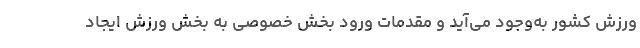
ورزش کشور به‌وجود می‌آید و مقدمات ورود بخش خصوصی به بخش ورزش ایجاد